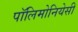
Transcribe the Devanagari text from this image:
पॉलिमोनियेसी